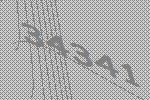
34341